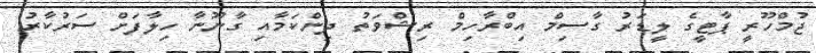
ޖުމްހޫރީ ޕާޓީގެ ލީޑަރު ގާސިމް އިބްރާހިމް ރިޝްވަތު ދިންކަމާއި ގާނޫނާ ހިލާފަށް ސަރުކާރު